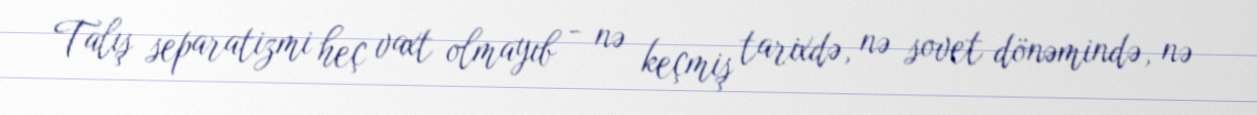
Talış separatizmi heç vaxt olmayıb - nə keçmiş tarixdə, nə sovet dönəmində, nə